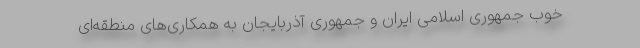
خوب جمهوری اسلامی ایران و جمهوری آذربایجان به همکاری‌های منطقه‌ای